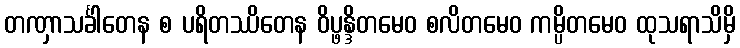
တဏှာသင်္ခါတေန စ ပရိတဿိတေန ဝိပ္ဖန္ဒိတမေဝ စလိတမေဝ ကမ္ပိတမေဝ ထုသရာသိမှိ